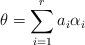
LaTeX: \begin{align*}\theta=\sum_{i=1}^ra_i\alpha_i\end{align*}